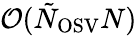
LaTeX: \mathcal{O}(\tilde{N}_{\mathrm{OSV}}N)